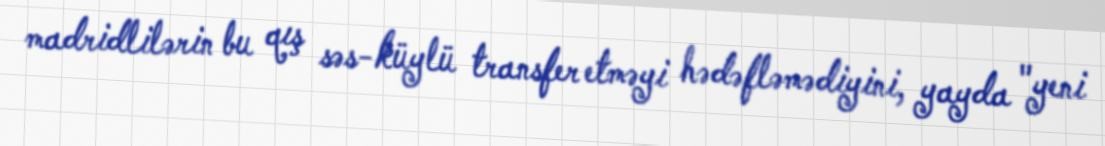
madridlilərin bu qış səs-küylü transfer etməyi hədəfləmədiyini, yayda "yeni